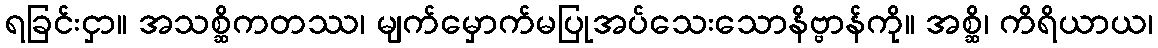
ရခြင်းငှာ။ အသစ္ဆိကတဿ၊ မျက်မှောက်မပြုအပ်သေးသောနိဗ္ဗာန်ကို။ အစ္ဆိ၊ ကိရိယာယ၊